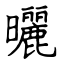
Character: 曬